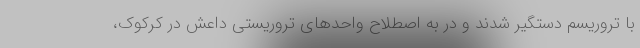
با تروریسم دستگیر شدند و در به اصطلاح واحدهای تروریستی داعش در کرکوک،